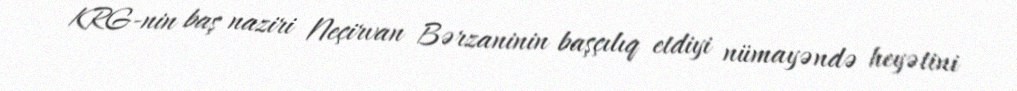
KRG-nin baş naziri Neçirvan Bərzaninin başçılıq etdiyi nümayəndə heyətini